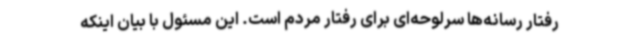
رفتار رسانه‌ها سرلوحه‌ای برای رفتار مردم است. این مسئول با بیان اینکه